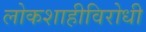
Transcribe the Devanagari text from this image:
लोकशाहीविरोधी